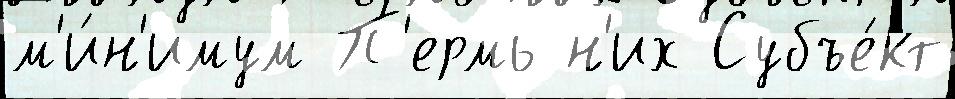
м'и́н'имум П'ермь н'их Субъе́кт